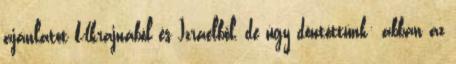
ajánlatot Ukrajnából és Izraelből, de úgy döntöttünk: abban az